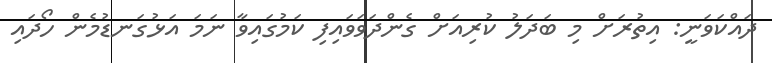
ދައްކަވަނީ: އިތުރަށް މި ބަދަލު ކުރިއަށް ގެންދަވަވައިފި ކަމުގައިވާ ނަމަ އަޅުގަނޑުމެން ހޯދައި